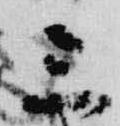
三